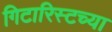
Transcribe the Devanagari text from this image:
गिटारिस्टच्या